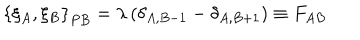
\left\{ \xi _ { A } , \xi _ { B } \right\} _ { P B } = \lambda \left( \delta _ { A , B - 1 } - \delta _ { A , B + 1 } \right) \equiv F _ { A B }